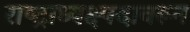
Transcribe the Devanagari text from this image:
राष्ट्राध्यक्ष्पदावरून